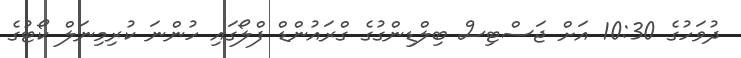
ދުވަހުގެ 10:30 އަށް ޖަސްޓިސް ބިލްޑިންގުގެ ގްރައުންޑް ފްލޯގައި ހުންނަ ކުރިމިނަލް ކޯޓުގެ